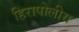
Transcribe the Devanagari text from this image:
हिरापोलीस